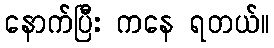
နောက်ပြီး ကနေ ရတယ်။